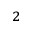
_ 2